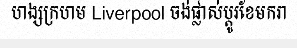
ហង្សក្រហម Liverpool ចង់ផ្លាស់ប្តូរខែមករា